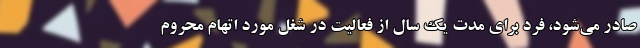
صادر می‌شود، فرد برای مدت یک سال از فعالیت در شغل مورد اتهام محروم